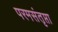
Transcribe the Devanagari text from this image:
परमसंतृप्ता